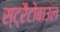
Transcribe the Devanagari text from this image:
स्ट्रैटोबाउल